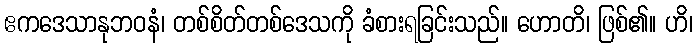
ဧကဒေသာနုဘဝနံ၊ တစ်စိတ်တစ်ဒေသကို ခံစားရခြင်းသည်။ ဟောတိ၊ ဖြစ်၏။ ဟိ၊